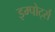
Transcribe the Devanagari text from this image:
इम्पोर्ट्स